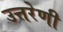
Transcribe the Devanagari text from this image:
उत्तरेणी